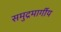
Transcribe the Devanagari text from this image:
समुद्रमार्गीय